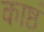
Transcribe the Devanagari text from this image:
काष्ठं